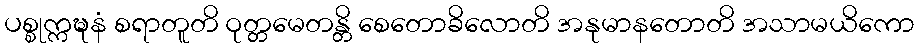
ပစ္စုက္ကဍ္ဎနံ စရာတူတိ ဝုတ္တမေတန္တိ စေတောခိလောတိ အနုမာနတောတိ အသာမယိကော